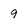
Character: 9